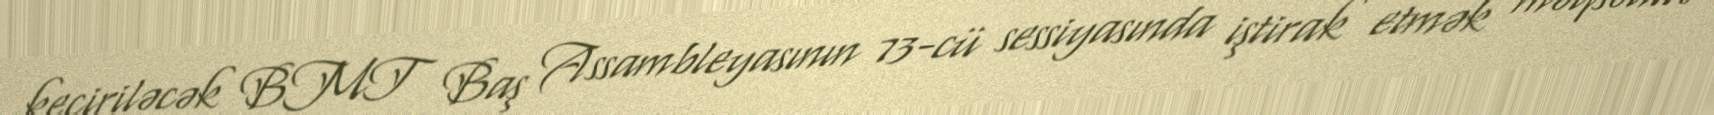
keçiriləcək BMT Baş Assambleyasının 73-cü sessiyasında iştirak etmək məqsədilə